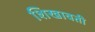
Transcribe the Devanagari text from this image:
शिखावती